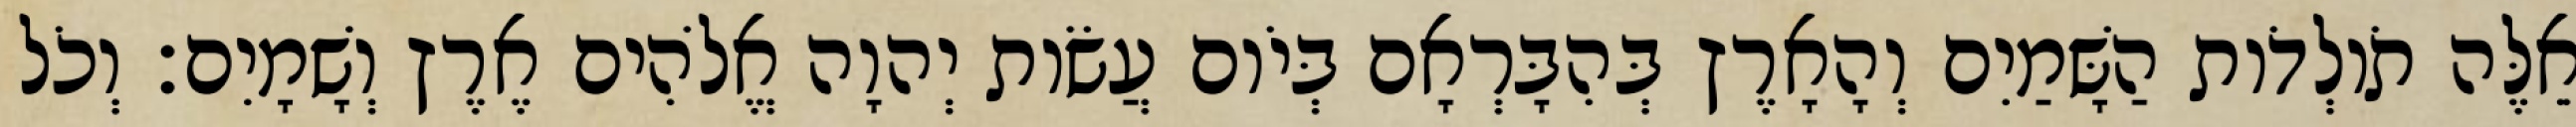
אֵלֶּה תֹולְדֹות הַשָּׁמַיִם וְהָאָרֶץ בְּהִבָּרְאָם בְּיֹום עֲשֹׂות יְהוָה אֱלֹהִים אֶרֶץ וְשָׁמָיִם׃ וְכֹל